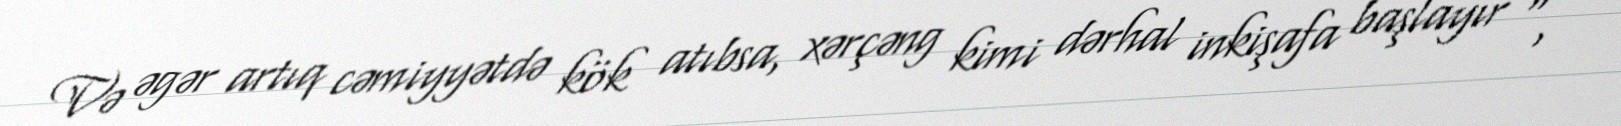
Və əgər artıq cəmiyyətdə kök atıbsa, xərçəng kimi dərhal inkişafa başlayır ", -